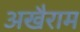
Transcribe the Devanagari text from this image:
अखैराम